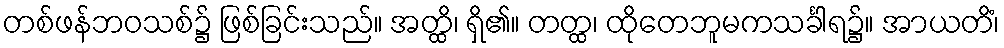
တစ်ဖန်ဘဝသစ်၌ ဖြစ်ခြင်းသည်။ အတ္ထိ၊ ရှိ၏။ တတ္ထ၊ ထိုတေဘူမကသင်္ခါရ၌။ အာယတိံ၊